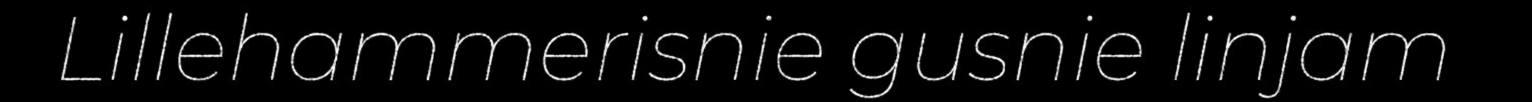
Lillehammerisnie gusnie linjam